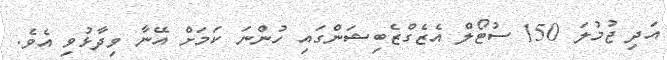
އަދި ޖުމުލަ 150 ސުޓޯލް އެޒެގްޒެބިޝަންގައި ހުންނަ ކަމަށް އޭނާ ވިދާޅުވި އެވެ.